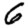
Digit: 6